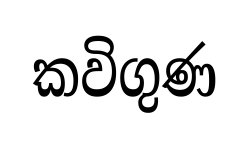
කවිගුණ